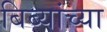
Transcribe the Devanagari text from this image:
बिब्यांच्या